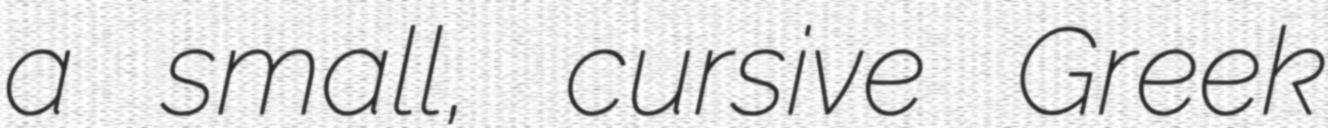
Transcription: a small, cursive Greek